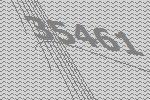
35461